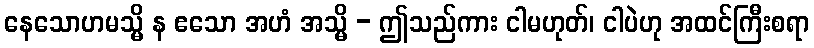
နေသောဟမသ္မိ န ဧသော အဟံ အသ္မိ - ဤသည်ကား ငါမဟုတ်၊ ငါပဲဟု အထင်ကြီးစရာ